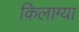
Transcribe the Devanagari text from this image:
किलाग्या